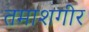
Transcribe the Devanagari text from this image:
तमाशगीर